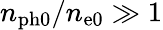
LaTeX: n_{\mathrm{ph0}}/n_{\mathrm{e0}}\gg 1